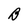
Character: B